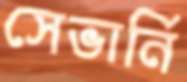
সেভার্নি